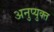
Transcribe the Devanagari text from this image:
अनुप्युक्त